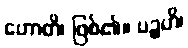
ဟောတိ၊ ဖြစ်၏။ ပဉ္စဟိ၊